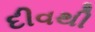
દીવથી